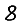
Digit: 8